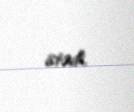
istədi.